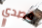
قصدي